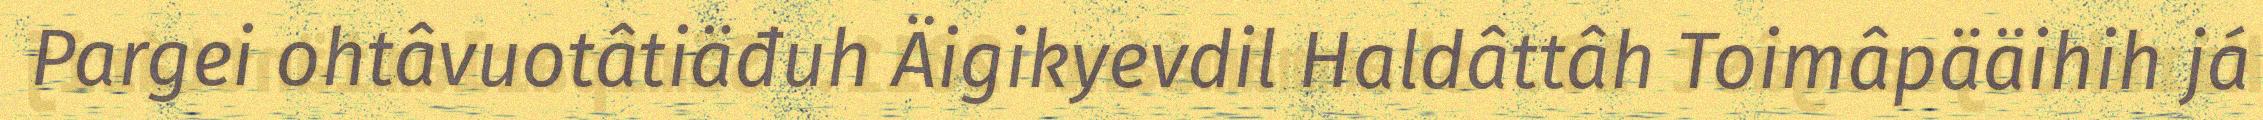
Pargei ohtâvuotâtiäđuh Äigikyevdil Haldâttâh Toimâpääihih já